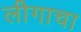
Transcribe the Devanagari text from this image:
लीगाचा